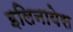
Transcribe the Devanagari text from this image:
इलिनायेस